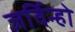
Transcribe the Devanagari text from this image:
जर्विन्हो